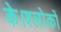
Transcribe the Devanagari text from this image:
के।श्लोकों